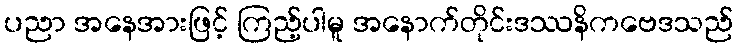
ပညာ အနေအားဖြင့် ကြည့်ပါမူ အနောက်တိုင်းဒဿနိကဗေဒသည်